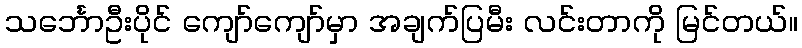
သင်္ဘောဦးပိုင် ကျော်ကျော်မှာ အချက်ပြမီး လင်းတာကို မြင်တယ်။